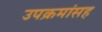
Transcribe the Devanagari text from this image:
उपक्रमांसह